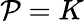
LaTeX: \mathcal{P}=K